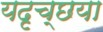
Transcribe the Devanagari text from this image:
यदृच्छया